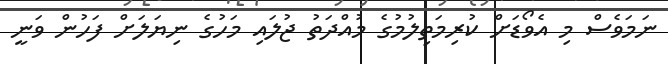
ނަމަވެސް މި އެވޯޑަށް ކުރިމަތިލުމުގެ މުއްދަތު ޖުލައި މަހުގެ ނިޔަލަށް ފަހުން ވަނީ